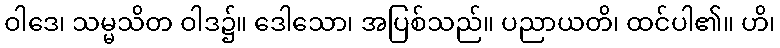
ဝါဒေ၊ သမ္မသိတ ဝါဒ၌။ ဒေါသော၊ အပြစ်သည်။ ပညာယတိ၊ ထင်ပါ၏။ ဟိ၊